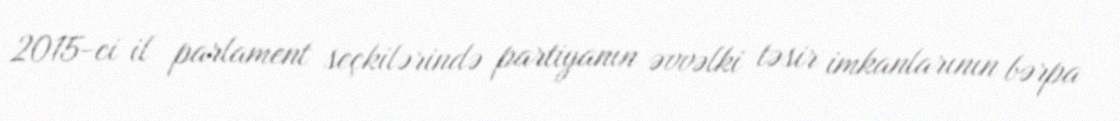
2015-ci il parlament seçkilərində partiyanın əvvəlki təsir imkanlarının bərpa